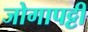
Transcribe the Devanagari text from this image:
जोगापट्टी